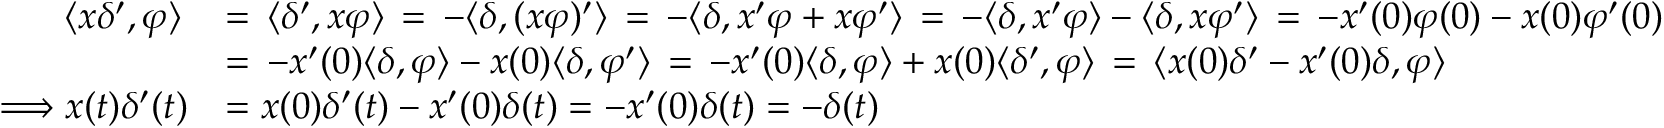
{ \begin{array} { r l } { \langle x \delta ^ { \prime } , \varphi \rangle \, } & { = \, \langle \delta ^ { \prime } , x \varphi \rangle \, = \, - \langle \delta , ( x \varphi ) ^ { \prime } \rangle \, = \, - \langle \delta , x ^ { \prime } \varphi + x \varphi ^ { \prime } \rangle \, = \, - \langle \delta , x ^ { \prime } \varphi \rangle - \langle \delta , x \varphi ^ { \prime } \rangle \, = \, - x ^ { \prime } ( 0 ) \varphi ( 0 ) - x ( 0 ) \varphi ^ { \prime } ( 0 ) } \\ & { = \, - x ^ { \prime } ( 0 ) \langle \delta , \varphi \rangle - x ( 0 ) \langle \delta , \varphi ^ { \prime } \rangle \, = \, - x ^ { \prime } ( 0 ) \langle \delta , \varphi \rangle + x ( 0 ) \langle \delta ^ { \prime } , \varphi \rangle \, = \, \langle x ( 0 ) \delta ^ { \prime } - x ^ { \prime } ( 0 ) \delta , \varphi \rangle } \\ { \Longrightarrow x ( t ) \delta ^ { \prime } ( t ) } & { = x ( 0 ) \delta ^ { \prime } ( t ) - x ^ { \prime } ( 0 ) \delta ( t ) = - x ^ { \prime } ( 0 ) \delta ( t ) = - \delta ( t ) } \end{array} }